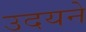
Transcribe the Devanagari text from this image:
उदयने